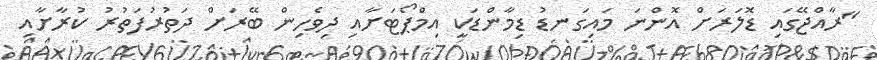
"ރާއްޖޭގައި ޑޮލަރަށް އޮންނަ މައިގަނޑު ޑިމާންޑަކީ އިމްޕޯޓަށާއި ދިވެހިން ބޭރަށް ދަތުރުފަތުރު ކުރާށާއި